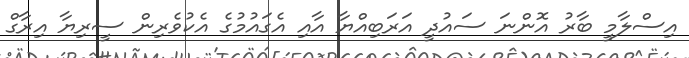
އިސްލާމީ ބާރު އޮންނަ ސައުދީ އަރަބިއްޔާ އާއި އެގައުމުގެ އެކުވެރިން ސީރިޔާ އިރާގް